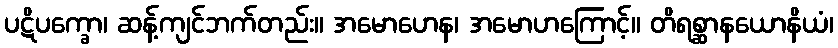
ပဋိပက္ခော၊ ဆန့်ကျင်ဘက်တည်း။ အမောဟေန၊ အမောဟကြောင့်။ တိရစ္ဆာနယောနိယံ၊